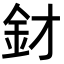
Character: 釮